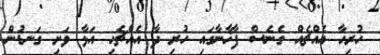
ހުރިހާ އެއްޗެއް ގެނެސް ފާޚާނާގައި ހުރި ދާ އެއްޗެހި އަޅާ ވަށި ގަނޑުން